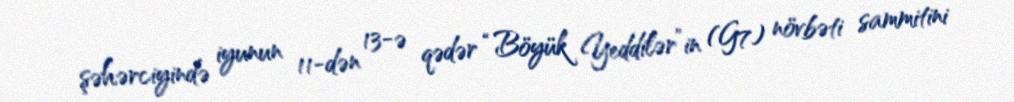
şəhərciyində iyunun 11-dən 13-ə qədər “Böyük Yeddilər”in (G7) növbəti sammitini